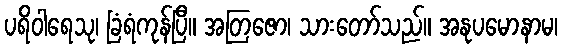
ပရိဝါရေသု၊ ခြံရံကုန်ပြီ။ အတြဇော၊ သားတော်သည်။ အနုပမောနာမ၊